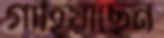
গাহিয়াছেন